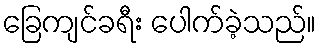
ခြေကျင်ခရီး ပေါက်ခဲ့သည်။